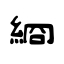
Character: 綗